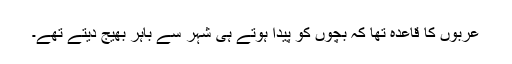
عربوں کا قاعدہ تھا کہ بچوں کو پیدا ہوتے ہی شہر سے باہر بھیج دیتے تھے۔